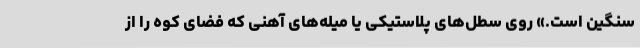
سنگین است.» روی سطل‌های پلاستیکی یا میله‌های آهنی که فضای کوه را از